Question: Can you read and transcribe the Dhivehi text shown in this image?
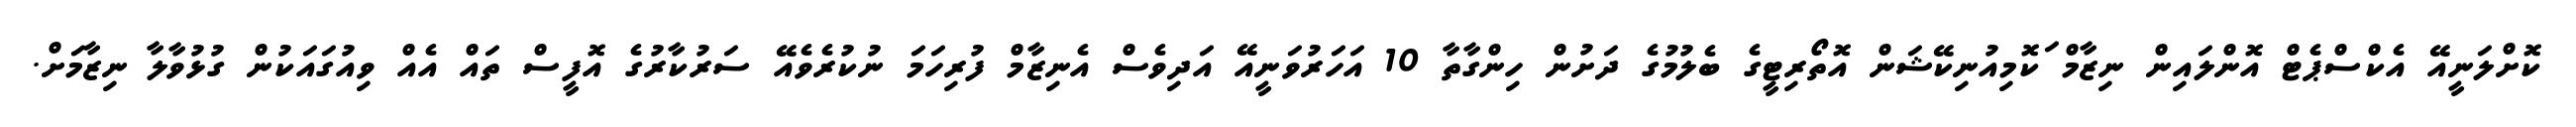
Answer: ކޮށްލަނީއޭ އެކްސްޕެޓް އޮންލައިން ނިޒާމް ަކޮމިއުނިކޭޝަން އޮތޯރިޓީގެ ބެލުމުގެ ދަށުން ހިންގާތާ 10 އަހަރުވަނީއޭ އަދިވެސް އެނިޒާމް ފުރިހަމަ ނުކުރެވެއޭ ސަރުކާރުގެ އޮފީސް ތައް އެއް ވިއުގައަކުން ގުޅުވާލާ ނިޒާމަށް.